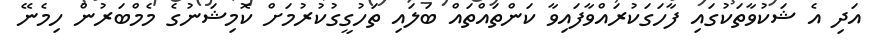
އަދި އެ ޝަކުވާތަކުގައި ފާހަގަކުރައްވާފައިވާ ކަންތައްތައް ބަލައި ތަހުގީގުކުރުމަށް ކޮމިޝަނުގެ މެމްބަރުން ހިމެނޭ